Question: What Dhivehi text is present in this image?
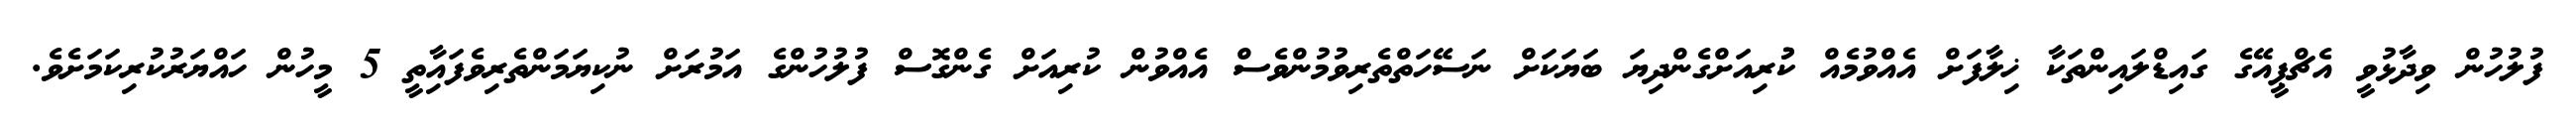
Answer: ފުލުހުން ވިދާޅުވީ އެޗްޕީއޭގެ ގައިޑްލައިންތަކާ ޚިލާފަށް އެއްވުމެއް ކުުރިއަށްގެންދިޔަ ބަޔަކަށް ނަސޭހަތްތެރިވުމުންވެސް އެއްވުން ކުރިއަށް ގެންގޮސް ފުލުހުންގެ އަމުރަށް ނުކިޔަމަންތެރިވެފައިާތީ 5 މީހުން ހައްޔަރުކުރިކަމަށެވެ.